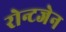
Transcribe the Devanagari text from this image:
रोन्टजेन